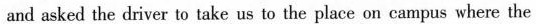
and asked the driver to take us to the place on campus where the